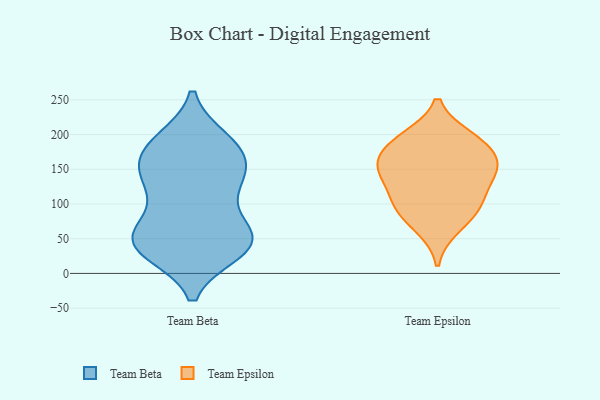
{"axis": {"x": "Gross Profit (USD K)", "y": "Value"}, "legend": ["Team Beta", "Team Epsilon"], "data": [{"x": "", "y": 37, "type": "Team Beta"}, {"x": "", "y": 166, "type": "Team Beta"}, {"x": "", "y": 124, "type": "Team Beta"}, {"x": "", "y": 42, "type": "Team Beta"}, {"x": "", "y": 62, "type": "Team Beta"}, {"x": "", "y": 187, "type": "Team Beta"}, {"x": "", "y": 185, "type": "Team Beta"}, {"x": "", "y": 32, "type": "Team Beta"}, {"x": "", "y": 57, "type": "Team Beta"}, {"x": "", "y": 191, "type": "Team Beta"}, {"x": "", "y": 35, "type": "Team Beta"}, {"x": "", "y": 176, "type": "Team Beta"}, {"x": "", "y": 139, "type": "Team Beta"}, {"x": "", "y": 67, "type": "Team Beta"}, {"x": "", "y": 149, "type": "Team Beta"}, {"x": "", "y": 137, "type": "Team Beta"}, {"x": "", "y": 49, "type": "Team Beta"}, {"x": "", "y": 42, "type": "Team Beta"}, {"x": "", "y": 118, "type": "Team Beta"}, {"x": "", "y": 100, "type": "Team Epsilon"}, {"x": "", "y": 145, "type": "Team Epsilon"}, {"x": "", "y": 187, "type": "Team Epsilon"}, {"x": "", "y": 107, "type": "Team Epsilon"}, {"x": "", "y": 187, "type": "Team Epsilon"}, {"x": "", "y": 195, "type": "Team Epsilon"}, {"x": "", "y": 152, "type": "Team Epsilon"}, {"x": "", "y": 153, "type": "Team Epsilon"}, {"x": "", "y": 149, "type": "Team Epsilon"}, {"x": "", "y": 67, "type": "Team Epsilon"}, {"x": "", "y": 92, "type": "Team Epsilon"}]}